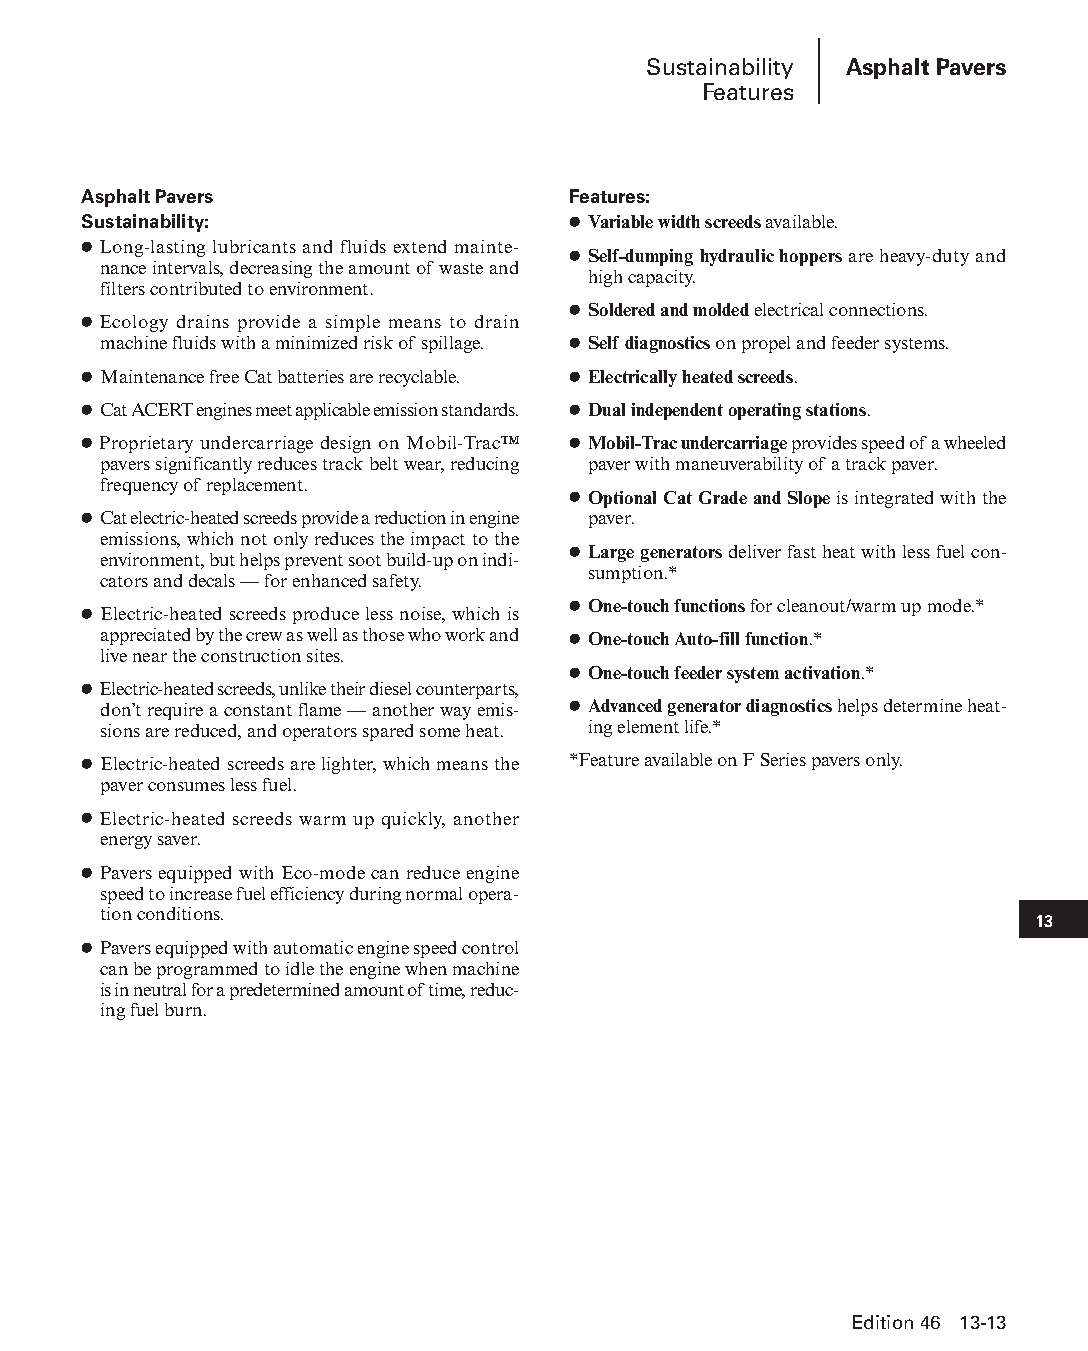
Sustainability Asphalt Pavers
 Features
 Asphalt Pavers                  Features:
 Sustainability:                 ● Variable width screeds available.
 ● Long-lasting lubricants and fluids extend mainte-
 ● Self-dumping hydraulic hoppers are heavy-duty and
 nance intervals, decreasing the amount of waste and
 high capacity.
 filters contributed to environment.
 ● Soldered and molded electrical connections.
 ● Ecology drains provide a simple means to drain
 machine fluids with a minimized risk of spillage. ● Self diagnostics on propel and feeder systems.
 ● Maintenance free Cat batteries are recyclable. ● Electrically heated screeds.
 ● Cat ACERT engines meet applicable emission standards. ● Dual independent operating stations.
 ● Proprietary undercarriage design on Mobil-Trac™ ● Mobil-Trac undercarriage provides speed of a wheeled
 pavers significantly reduces track belt wear, reducing paver with maneuverability of a track paver.
 frequency of replacement.
 ● Optional Cat Grade and Slope is integrated with the
 ● Cat electric-heated screeds provide a reduction in engine paver.
 emissions, which not only reduces the impact to the
 ● Large generators deliver fast heat with less fuel con-
 environment, but helps prevent soot build-up on indi-
 sumption.*
 cators and decals — for enhanced safety.
 ● One-touch functions for cleanout/warm up mode.*
 ● Electric-heated screeds produce less noise, which is
 appreciated by the crew as well as those who work and ● One-touch Auto-fill function.*
 live near the construction sites.
 ● One-touch feeder system activation.*
 ● Electric-heated screeds, unlike their diesel counterparts,
 don’t require a constant flame — another way emis- ● Advanced generator diagnostics helps determine heat-
 sions are reduced, and operators spared some heat. ing element life.*
 ● Electric-heated screeds are lighter, which means the *Feature available on F Series pavers only.
 paver consumes less fuel.
 ● Electric-heated screeds warm up quickly, another
 energy saver.
 ● Pavers equipped with Eco-mode can reduce engine
 speed to increase fuel efficiency during normal opera-
 tion conditions.
 13
 ● Pavers equipped with automatic engine speed control
 can be programmed to idle the engine when machine
 is in neutral for a predetermined amount of time, reduc-
 ing fuel burn.
 Edition 46 13-13
 PPHHBB--SSeecc1133--1166..iinndddd 1133                        1122//44//1155 1100::4499 AAMM